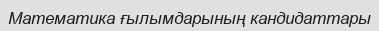
Математика ғылымдарының кандидаттары